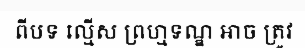
ពីបទ ល្មើស ព្រហ្មទណ្ឌ អាច ត្រូវ